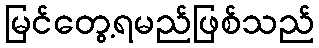
မြင်တွေ့ရမည်ဖြစ်သည်